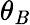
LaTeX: \theta_{\mathit{B}}